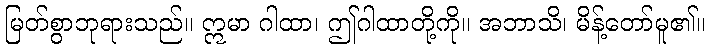
မြတ်စွာဘုရားသည်။ ဣမာ ဂါထာ၊ ဤဂါထာတို့ကို။ အဘာသိ၊ မိန့်တော်မူ၏။